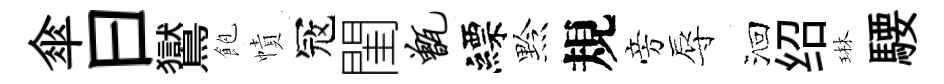
傘曰鸑飽幘冦閨甑縹黔規旁辱洄绍琳騕